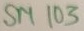
Text: SM103